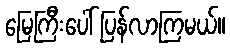
မြေကြီးပေါ် ပြန်လာကြမယ်။